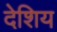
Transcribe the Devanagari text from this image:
देशिय